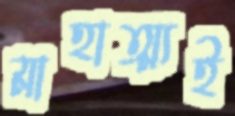
মাহাত্ম্যই